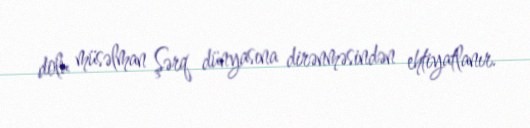
dolu müsəlman Şərq dünyasına dirənməsindən ehtiyatlanır.